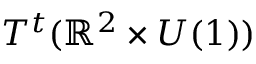
T ^ { t } ( \mathbb { R } ^ { 2 } \times U ( 1 ) )